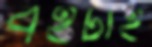
বইটাই